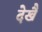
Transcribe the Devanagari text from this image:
देखैं